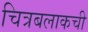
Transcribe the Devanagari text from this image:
चित्रबलाकची